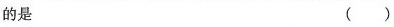
的是 （）